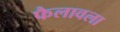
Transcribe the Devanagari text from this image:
फैलावला